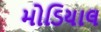
મોડિયાલ